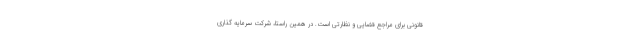
قانونی برای مراجع قضایی و نظارتی است. در همین راستا، شرکت سرمایه گذاری